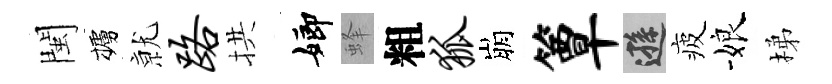
閩櫨𭕒路拱嫏蜂粗狐崩簟遜疲娘梯